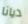
ديانا